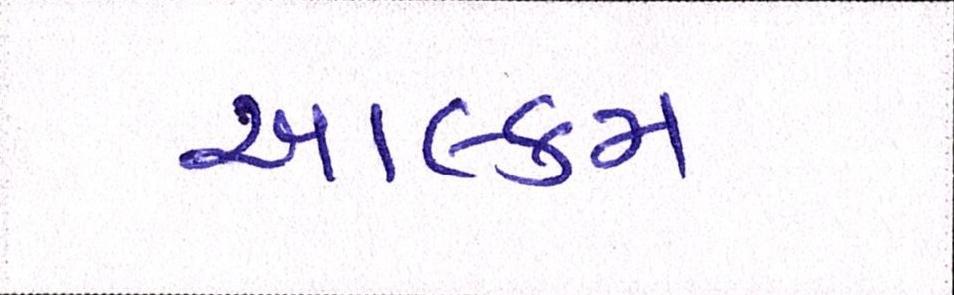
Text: આલ્કમ